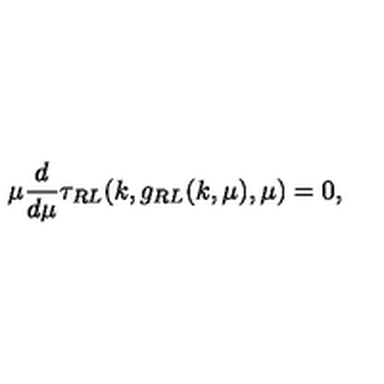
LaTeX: \mu \frac { d } { d \mu } \tau _ { R L } ( k , g _ { R L } ( k , \mu ) , \mu ) = 0 ,